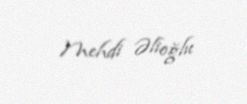
Mehdi Əlioğlu